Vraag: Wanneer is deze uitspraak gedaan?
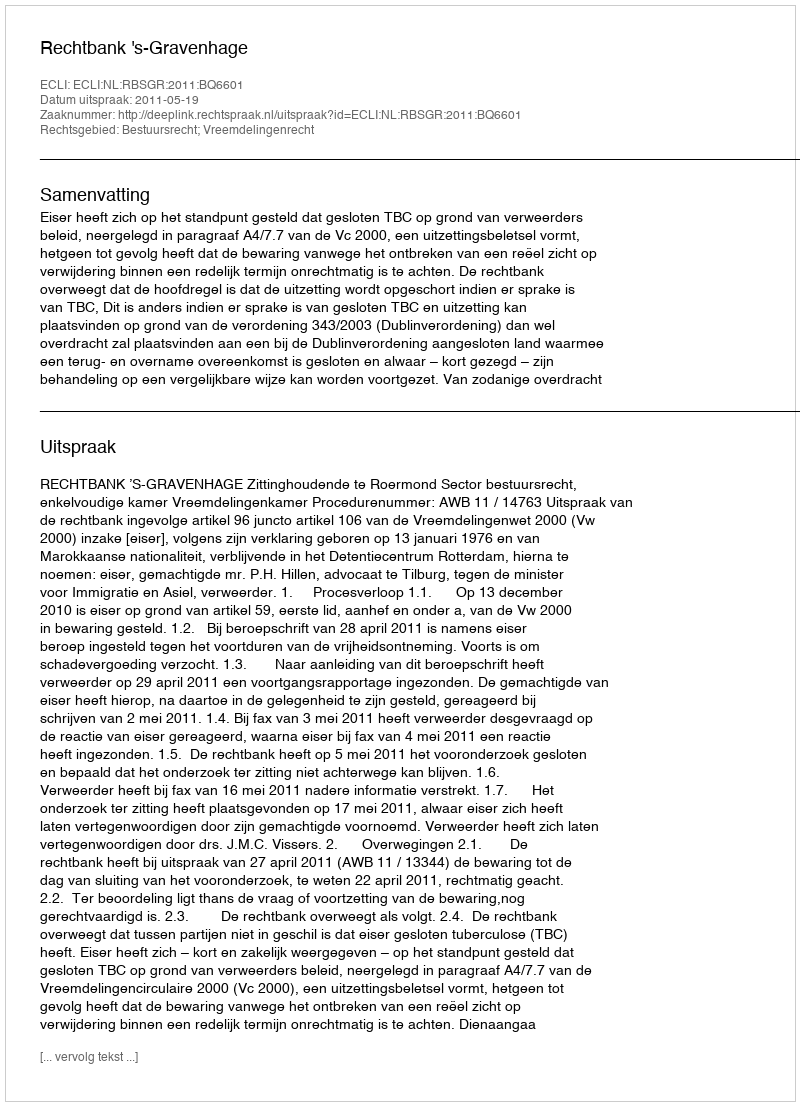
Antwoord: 2011-05-19